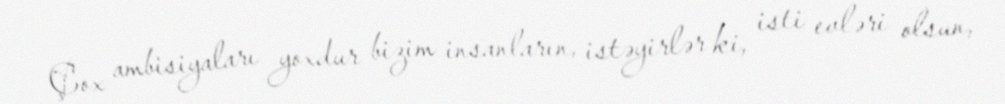
Çox ambisiyaları yoxdur bizim insanların, istəyirlər ki, isti evləri olsun,